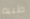
طبيه